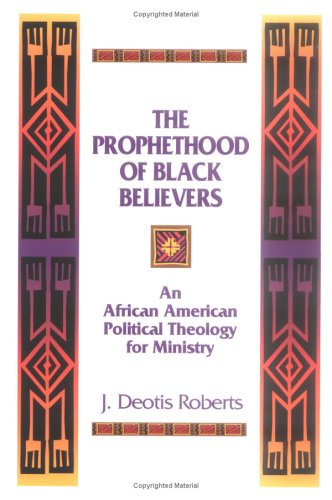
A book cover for The Prophethood of Black Believers: An African American Political Theology for Ministry; J. Deotis Roberts; Christian Books & Bibles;